system: You are a helpful assistant.
user:
Analyze the provided spectrum to determine if it is a **M-type Giant (gM)**.

A M-type Giant spectrum is defined by its **strong molecular absorption** features, particularly from **Titanium Oxide (TiO)**. You must check for one of the following mutually exclusive signatures:

- **Key Visual Indicators (Absorption-Dominated Spectrum):**

    - **(Primary):** The spectrum is dominated by strong molecular absorption from **Titanium Oxide (TiO)**. This is the **defining feature** of its M-type temperature class.
        - **(Key Bandheads):** Look for sharp, "saw-tooth" absorption valleys. The strongest are located near **~7050 Å**, **~6160 Å**, and **~5170 Å**.
        - **(Line Profile):** The "saw-tooth" morphology is critical: a **sharp, steep drop on the BLUE (short-wavelength) side** of the bandhead, followed by a gradual recovery (rising flux) towards the RED (long-wavelength) side.

    - **(Key Confirmation - Giant vs. Dwarf):** **ABSENCE** of strong **Calcium Hydride (CaH)** molecular bands. This is the primary diagnostic for *excluding* M-dwarfs.
        - **(Key Region):** The spectrum should lack the strong, broad absorption band seen in dwarfs between **~6800 Å and ~7000 Å**.

    - **(Secondary Confirmation - Giant):** A very strong and broad **Neutral Calcium (Ca I)** atomic absorption line.
        - **(Key Line):** Located at **~4226 Å**. In a giant (gM), this line is significantly deeper and broader than the same line in an M-dwarf (dM) due to low surface gravity.

    - **(Overall Spectrum):**
        - The continuum is **extremely red-sloping** (i.e., flux is very low in the blue and rises dramatically towards the red).
        - The entire spectrum appears "chopped up" by the deep TiO bands.

Think first, call **spectral_visualization_tool** if needed to examine features in detail, then provide your final answer. Your response must adhere to the following strict rules:
1.  **Overall Structure:** Your response must follow the format `<think>...</think> <tool_call>...</tool_call> (if a tool is used) <answer>...</answer>`.
2.  **Tool Usage Constraint:** You may only make **one** tool call per turn.
3.  **Final Answer Format:** In the `<answer>` tag, your conclusion must be inside a `\boxed{}` command (e.g., `\boxed{YES}` or `\boxed{NO}`), followed by your justification.

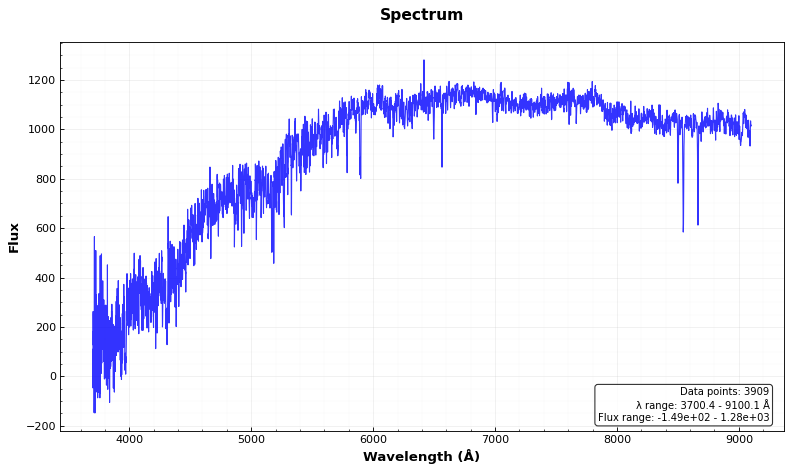
Answer: NO